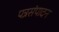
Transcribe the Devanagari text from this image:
पत्रसंपादन